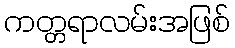
ကတ္တရာလမ်းအဖြစ်